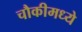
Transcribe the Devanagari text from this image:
चौकीमध्ये